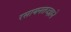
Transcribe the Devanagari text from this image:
रसायनतज्ज्ञाने